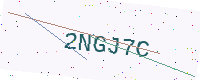
Text: 2NGJ7C